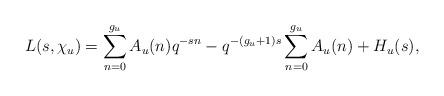
LaTeX: \begin{align*}L(s,\chi_{u}) = \sum_{n=0}^{g_{u}} A_{u}(n) q^{-sn} - q^{-(g_{u}+1)s} \sum_{n=0}^{g_{u}} A_{u}(n) + H_{u}(s),\end{align*}